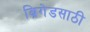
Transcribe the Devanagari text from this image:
ब्रिगेडसाठी